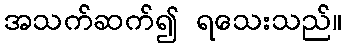
အသက်ဆက်၍ ရသေးသည်။